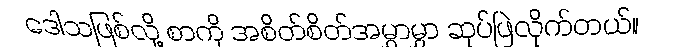
ဒေါသဖြစ်လို့ စာကို အစိတ်စိတ်အမွှာမွှာ ဆုပ်ဖြဲလိုက်တယ်။